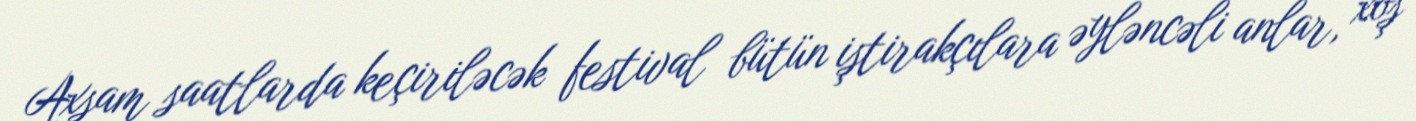
Axşam saatlarda keçiriləcək festival bütün iştirakçılara əyləncəli anlar, xoş